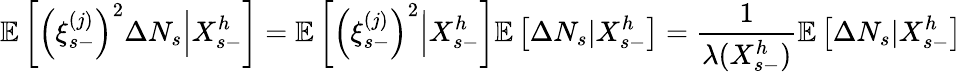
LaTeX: \mathbb{E}\left[\left(\xi_{s-}^{(j)}\right)^{2}\Delta N_{s}\Big\vert X_{s-}^{h}\right]=\mathbb{E}\left[\left(\xi_{s-}^{(j)}\right)^{2}\Big\vert X_{s-}^{h}\right]\mathbb{E}\left[\Delta N_{s}\vert X_{s-}^{h}\right]=\frac{1}{\lambda(X_{s-}^{h})}\mathbb{E}\left[\Delta N_{s}\vert X_{s-}^{h}\right]